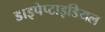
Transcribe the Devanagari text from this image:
डाइपेप्टाइडियल